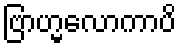
ဗြာဟ္မလောကာပိ